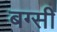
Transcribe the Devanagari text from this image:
बग्सी